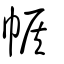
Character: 帿